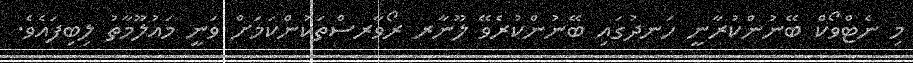
މި ނެޓްވޯކް ބޭނުންކުރާނީ ހަނދުގައި ބޭނުންކުރެވޭ ލޫނާރ ރޯވާރސްތަކުންކަމަށް ވަނީ މައުލޫމާތު ލިބިފައެވެ.